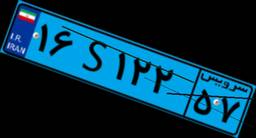
۱۶S۱۲۲۵۷